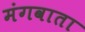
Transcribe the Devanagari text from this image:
मंगवाता